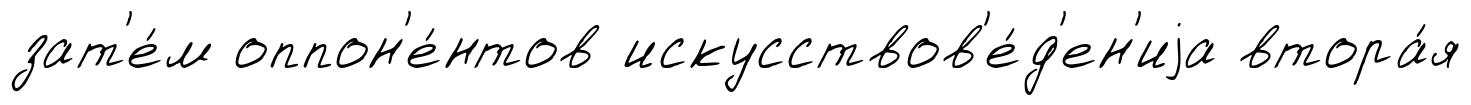
зат'е́м оппон'е́нтов искусствов'е́д'ен'иjа втора́я